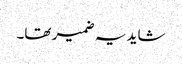
شاید یہ ضمیر تھا۔